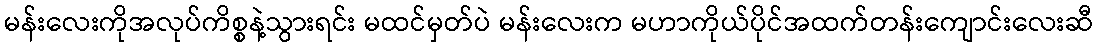
မန်းလေးကိုအလုပ်ကိစ္စနဲ့သွားရင်း မထင်မှတ်ပဲ မန်းလေးက မဟာကိုယ်ပိုင်အထက်တန်းကျောင်းလေးဆီ